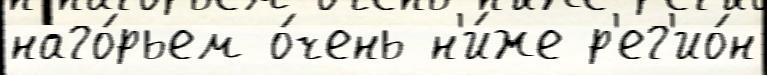
наго́рьем о́чень н'и́же р'ег'ио́н